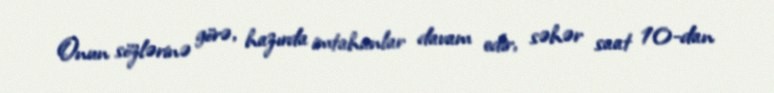
Onun sözlərinə görə, hazırda imtahanlar davam edir, səhər saat 10-dan